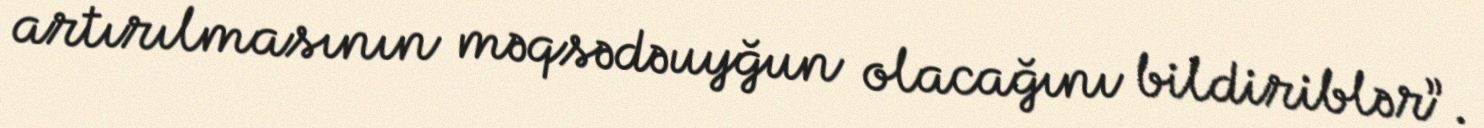
artırılmasının məqsədəuyğun olacağını bildiriblər”.